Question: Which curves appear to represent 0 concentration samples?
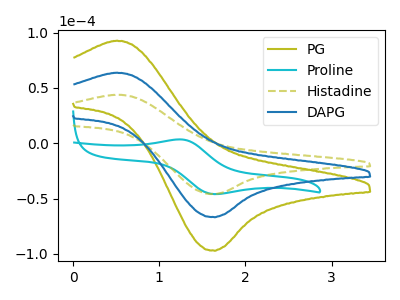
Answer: <think>The olive curve "PG" has an anodic peak at (0.50V, 127.60uA) and a cathodic peak at (1.65V, -133.60uA). The cyan curve "Proline" has an anodic peak at (1.25V, 3.55uA) and a cathodic peak at (1.65V, -45.90uA). The olive dashed curve "Histadine" has an anodic peak at (0.50V, 43.90uA) and a cathodic peak at (1.65V, -45.95uA). The blue curve "DAPG" has an anodic peak at (0.50V, 63.80uA) and a cathodic peak at (1.65V, -66.80uA).</think>
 <answer>There are not any CV's on this graph that are likely to be blanks.</answer>
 <eval>none</eval>